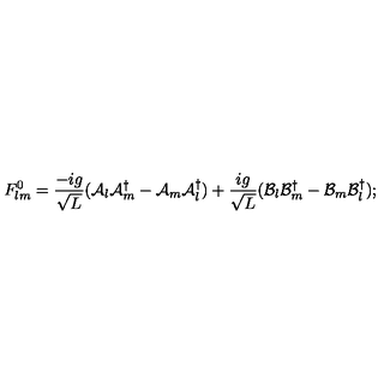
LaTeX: F _ { l m } ^ { 0 } = \frac { - i g } { \sqrt { L } } ( { \cal A } _ { l } { \cal A } _ { m } ^ { \dagger } - { \cal A } _ { m } { \cal A } _ { l } ^ { \dagger } ) + \frac { i g } { \sqrt { L } } ( { \cal B } _ { l } { \cal B } _ { m } ^ { \dagger } - { \cal B } _ { m } { \cal B } _ { l } ^ { \dagger } ) ;